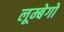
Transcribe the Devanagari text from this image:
लूम्बेगो